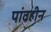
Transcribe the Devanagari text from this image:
पांवहीन